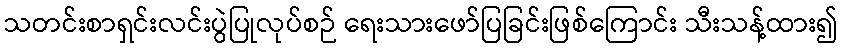
သတင်းစာရှင်းလင်းပွဲပြုလုပ်စဉ် ရေးသားဖော်ပြခြင်းဖြစ်ကြောင်း သီးသန့်ထား၍